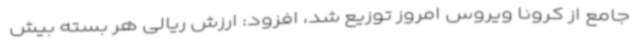
جامع از کرونا ویروس امروز توزیع شد، افزود: ارزش ریالی هر بسته بیش